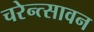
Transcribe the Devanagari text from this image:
चरेन्त्सावन